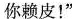
你赖皮！”